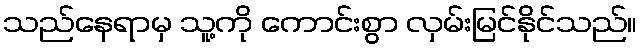
သည်နေရာမှ သူ့ကို ကောင်းစွာ လှမ်းမြင်နိုင်သည်။